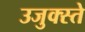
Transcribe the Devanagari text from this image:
उजुक्स्ते